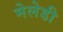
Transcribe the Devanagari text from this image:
मेलेडी